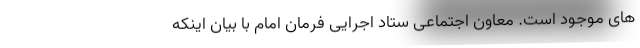
های موجود است. معاون اجتماعی ستاد اجرایی فرمان امام با بیان اینکه